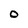
Character: O